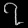
Digit: ၇